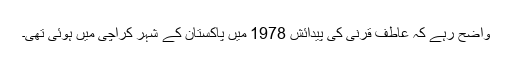
واضح رہے کہ عاطف قرنی کی پیدائش 1978 میں پاکستان کے شہر کراچی میں ہوئی تھی۔